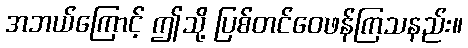
အဘယ်ကြောင့် ဤသို့ ပြစ်တင်ဝေဖန်ကြသနည်း။